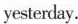
yesterday.